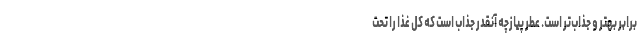
برابر بهتر و جذاب‌تر است. عطر پیازچه آنقدر جذاب است که کل غذا را تحت